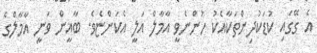
އެ ގޭގައި ކުޑަކުދިންތަކާއެކު ހުންނެވީ އާމާލް އަލީ އެކަންޏެވެ. ބާޣީން ވަނީ އާމާލްގެ